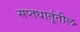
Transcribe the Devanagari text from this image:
सप्तधातूंतील